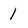
Character: 1